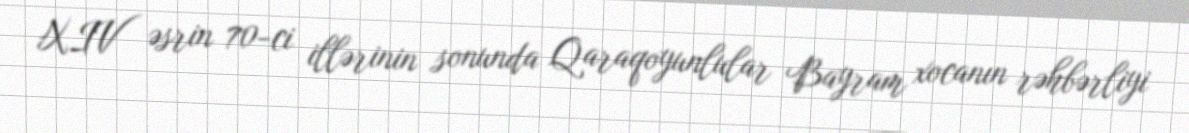
XIV əsrin 70-ci illərinin sonunda Qaraqoyunlular Bayram xocanın rəhbərliyi